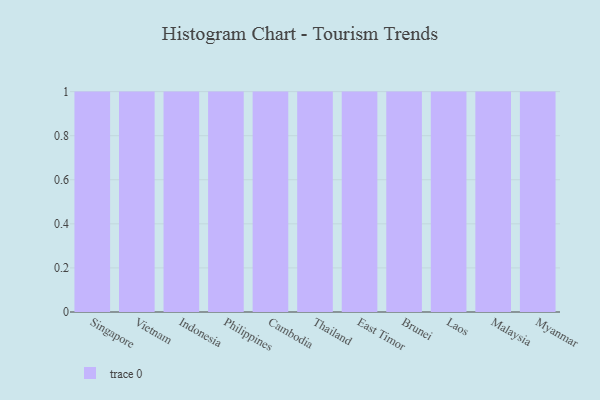
{"axis": {"x": "Country", "y": "Headcount"}, "legend": [""], "data": [{"x": "Singapore", "y": 92, "type": ""}, {"x": "Vietnam", "y": 72, "type": ""}, {"x": "Indonesia", "y": 29, "type": ""}, {"x": "Philippines", "y": 65, "type": ""}, {"x": "Cambodia", "y": 90, "type": ""}, {"x": "Thailand", "y": 66, "type": ""}, {"x": "East Timor", "y": 42, "type": ""}, {"x": "Brunei", "y": 23, "type": ""}, {"x": "Laos", "y": 66, "type": ""}, {"x": "Malaysia", "y": 30, "type": ""}, {"x": "Myanmar", "y": 65, "type": ""}]}